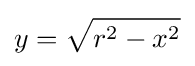
y={\sqrt {r^{2}-x^{2}}}